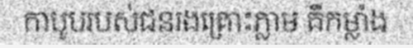
កាបូបរបស់ជនរងគ្រោះភ្លាម គឺកម្លាំង